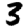
Digit: 3